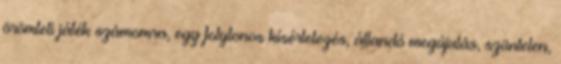
örömteli játék számomra, egy folytonos kísérletezés, állandó megújulás, szüntelen,